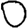
Digit: 0